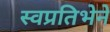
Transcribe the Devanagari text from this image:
स्वप्रतिभेने